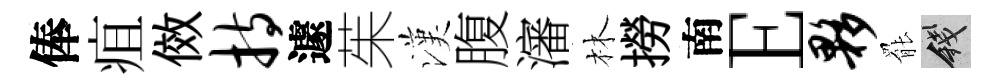
俸疽傚持遽茱漢腹瀋林撈南E夥罷錢